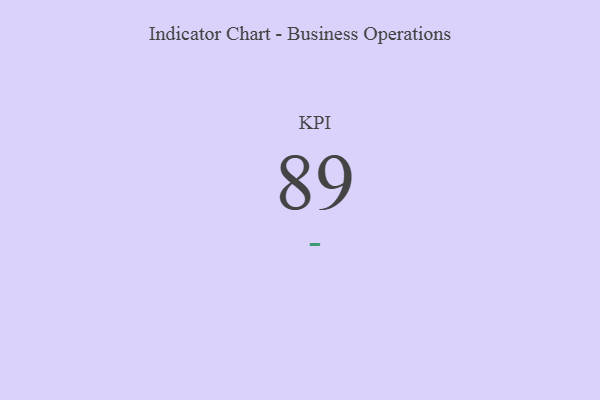
{"axis": {"x": "KPI", "y": "Value"}, "legend": [""], "data": [{"x": "KPI", "y": 89, "type": ""}]}